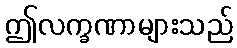
ဤလက္ခဏာများသည်